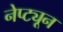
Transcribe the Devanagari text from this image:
नेप्ट्यून